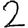
Digit: 2